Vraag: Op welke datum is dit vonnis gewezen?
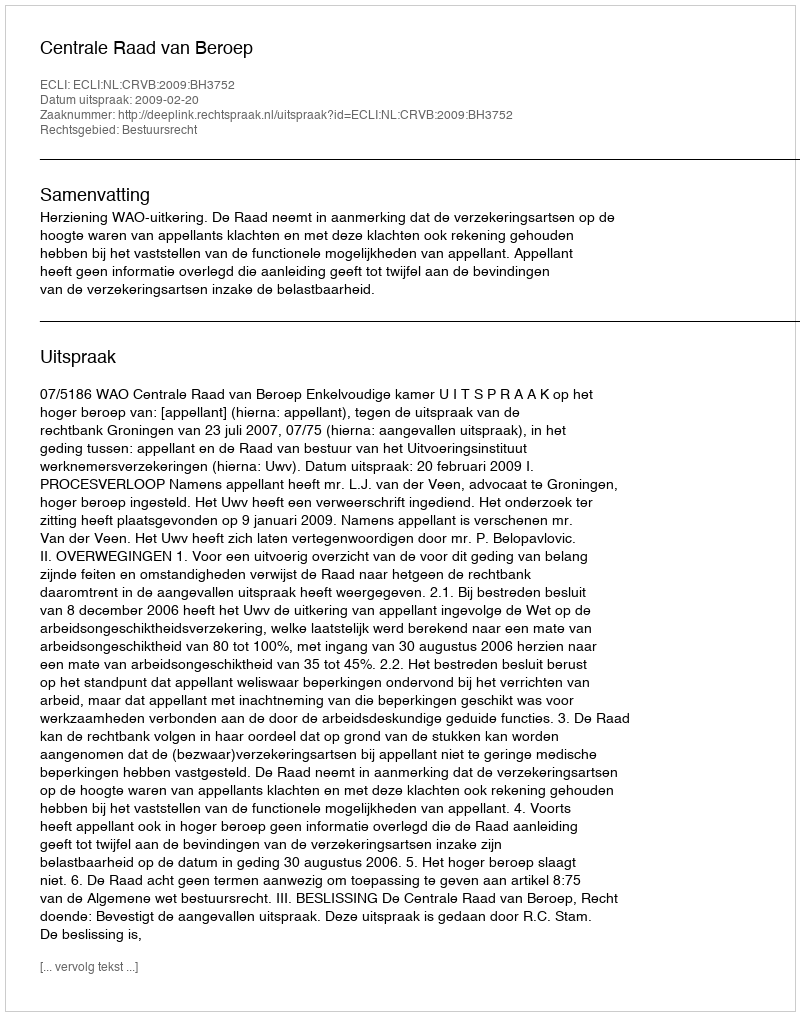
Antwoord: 2009-02-20